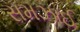
સમઝાઈ